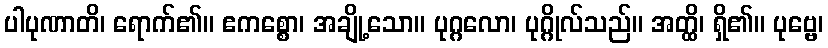
ပါပုဏာတိ၊ ရောက်၏။ ဧကစ္စော၊ အချို့သော။ ပုဂ္ဂလော၊ ပုဂ္ဂိုလ်သည်။ အတ္ထိ၊ ရှိ၏။ ပုဗ္ဗေ၊